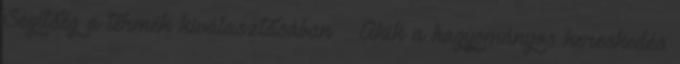
Segítség a termék kiválasztásában – Akik a hagyományos kereskedés